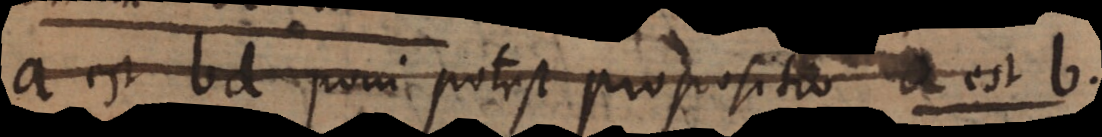
a est bd poni potest propositio a est b